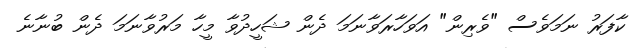
ކާފަރު ނަމަވެސް "ވެރިން" އަވަހާރަވާނަމަ ދެން ޝަހީދުވާ މީހާ މަރުވާނަމަ ދެން ބުނާނެ